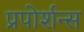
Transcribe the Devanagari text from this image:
प्रपोर्शन्स